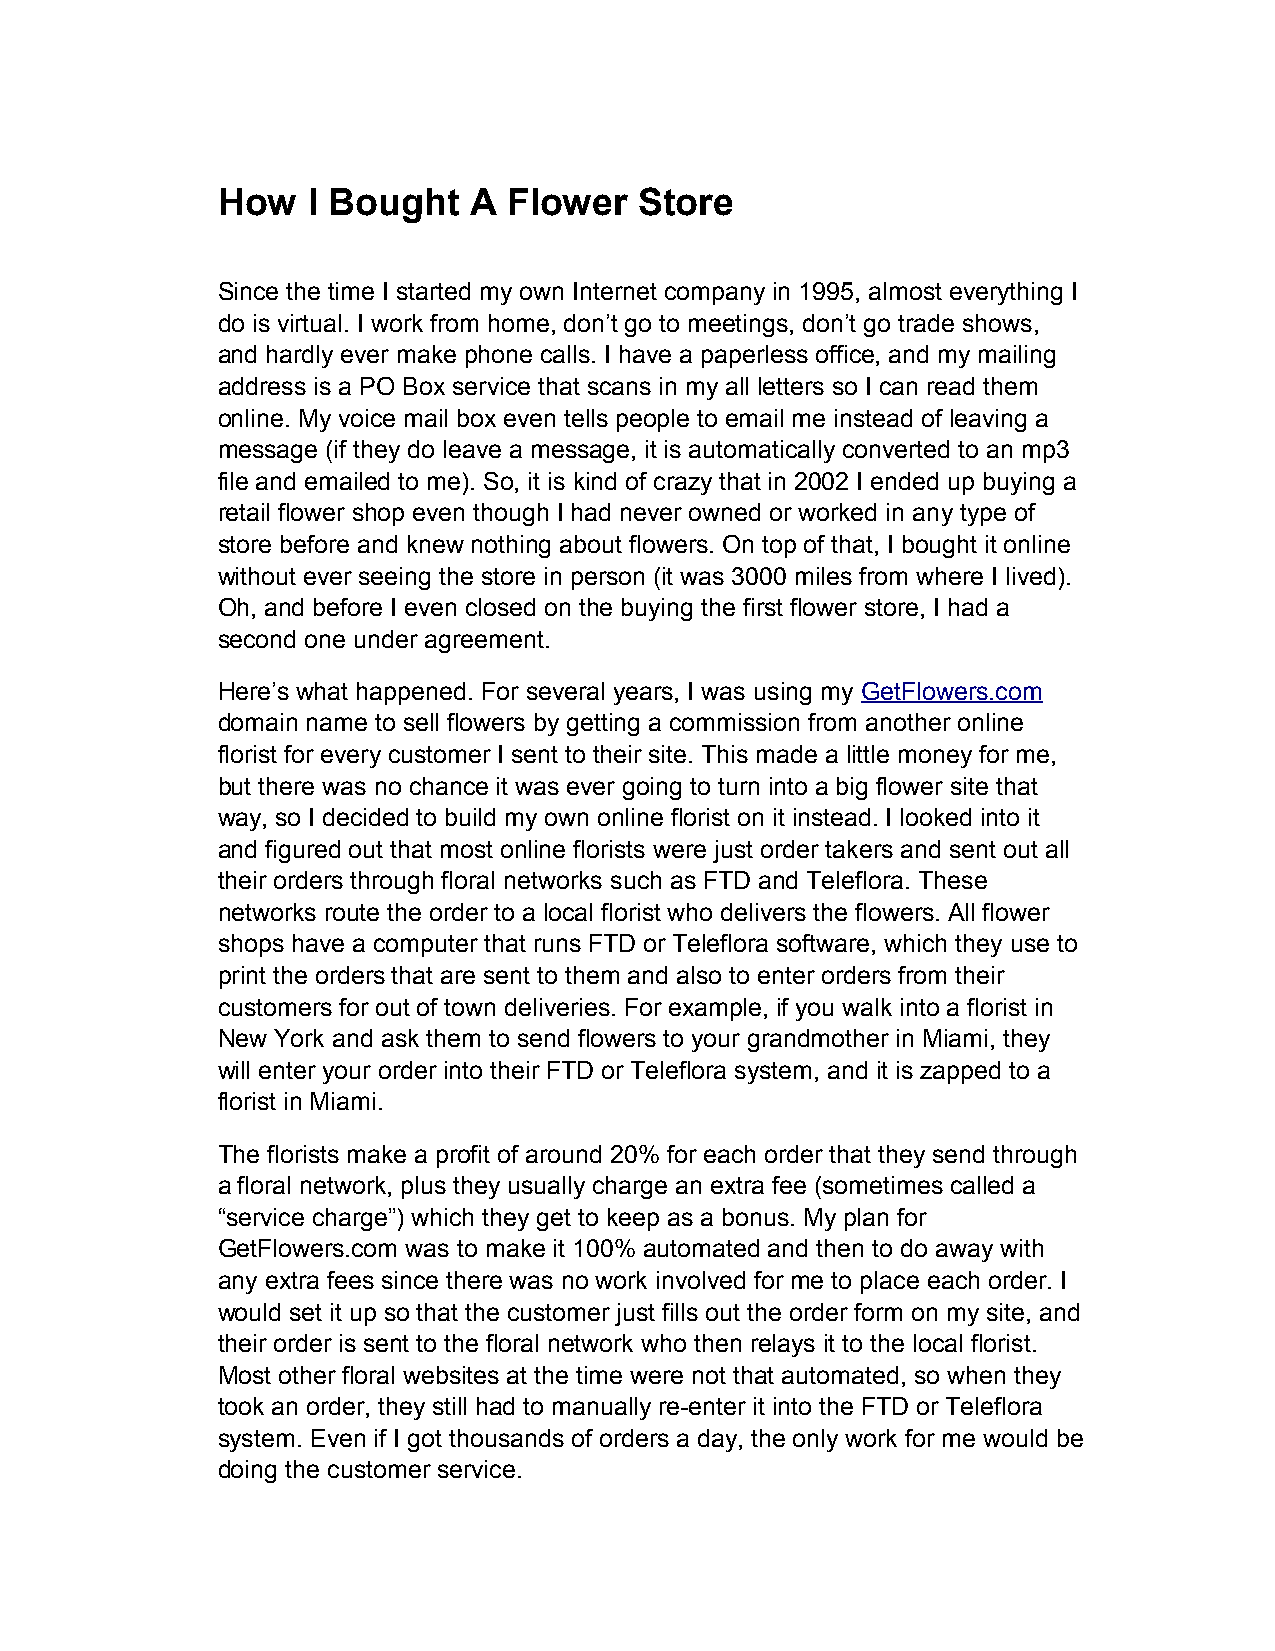
How   I Bought   A  Flower  Store
 Since the time I started my own Internet company in 1995, almost everything I
 do is virtual. I work from home, don’t go to meetings, don’t go trade shows,
 and hardly ever make phone calls. I have a paperless office, and my mailing
 address is a PO Box service that scans in my all letters so I can read them
 online. My voice mail box even tells people to email me instead of leaving a
 message (if they do leave a message, it is automatically converted to an mp3
 file and emailed to me). So, it is kind of crazy that in 2002 I ended up buying a
 retail flower shop even though I had never owned or worked in any type of
 store before and knew nothing about flowers. On top of that, I bought it online
 without ever seeing the store in person (it was 3000 miles from where I lived).
 Oh, and before I even closed on the buying the first flower store, I had a
 second one under agreement.
 Here’s what happened. For several years, I was using my GetFlowers.com
 domain name to sell flowers by getting a commission from another online
 florist for every customer I sent to their site. This made a little money for me,
 but there was no chance it was ever going to turn into a big flower site that
 way, so I decided to build my own online florist on it instead. I looked into it
 and figured out that most online florists were just order takers and sent out all
 their orders through floral networks such as FTD and Teleflora. These
 networks route the order to a local florist who delivers the flowers. All flower
 shops have a computer that runs FTD or Teleflora software, which they use to
 print the orders that are sent to them and also to enter orders from their
 customers for out of town deliveries. For example, if you walk into a florist in
 New York and ask them to send flowers to your grandmother in Miami, they
 will enter your order into their FTD or Teleflora system, and it is zapped to a
 florist in Miami.
 The florists make a profit of around 20% for each order that they send through
 a floral network, plus they usually charge an extra fee (sometimes called a
 “service charge”) which they get to keep as a bonus. My plan for
 GetFlowers.com was to make it 100% automated and then to do away with
 any extra fees since there was no work involved for me to place each order. I
 would set it up so that the customer just fills out the order form on my site, and
 their order is sent to the floral network who then relays it to the local florist.
 Most other floral websites at the time were not that automated, so when they
 took an order, they still had to manually re-enter it into the FTD or Teleflora
 system. Even if I got thousands of orders a day, the only work for me would be
 doing the customer service.